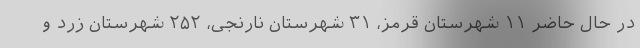
در حال حاضر ۱۱ شهرستان قرمز، ۳۱ شهرستان نارنجی، ۲۵۲ شهرستان زرد و